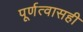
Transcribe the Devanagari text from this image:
पूर्णत्वासही